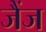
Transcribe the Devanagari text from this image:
जैंज